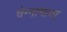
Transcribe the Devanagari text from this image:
चेन्नामाचा